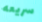
سريعه